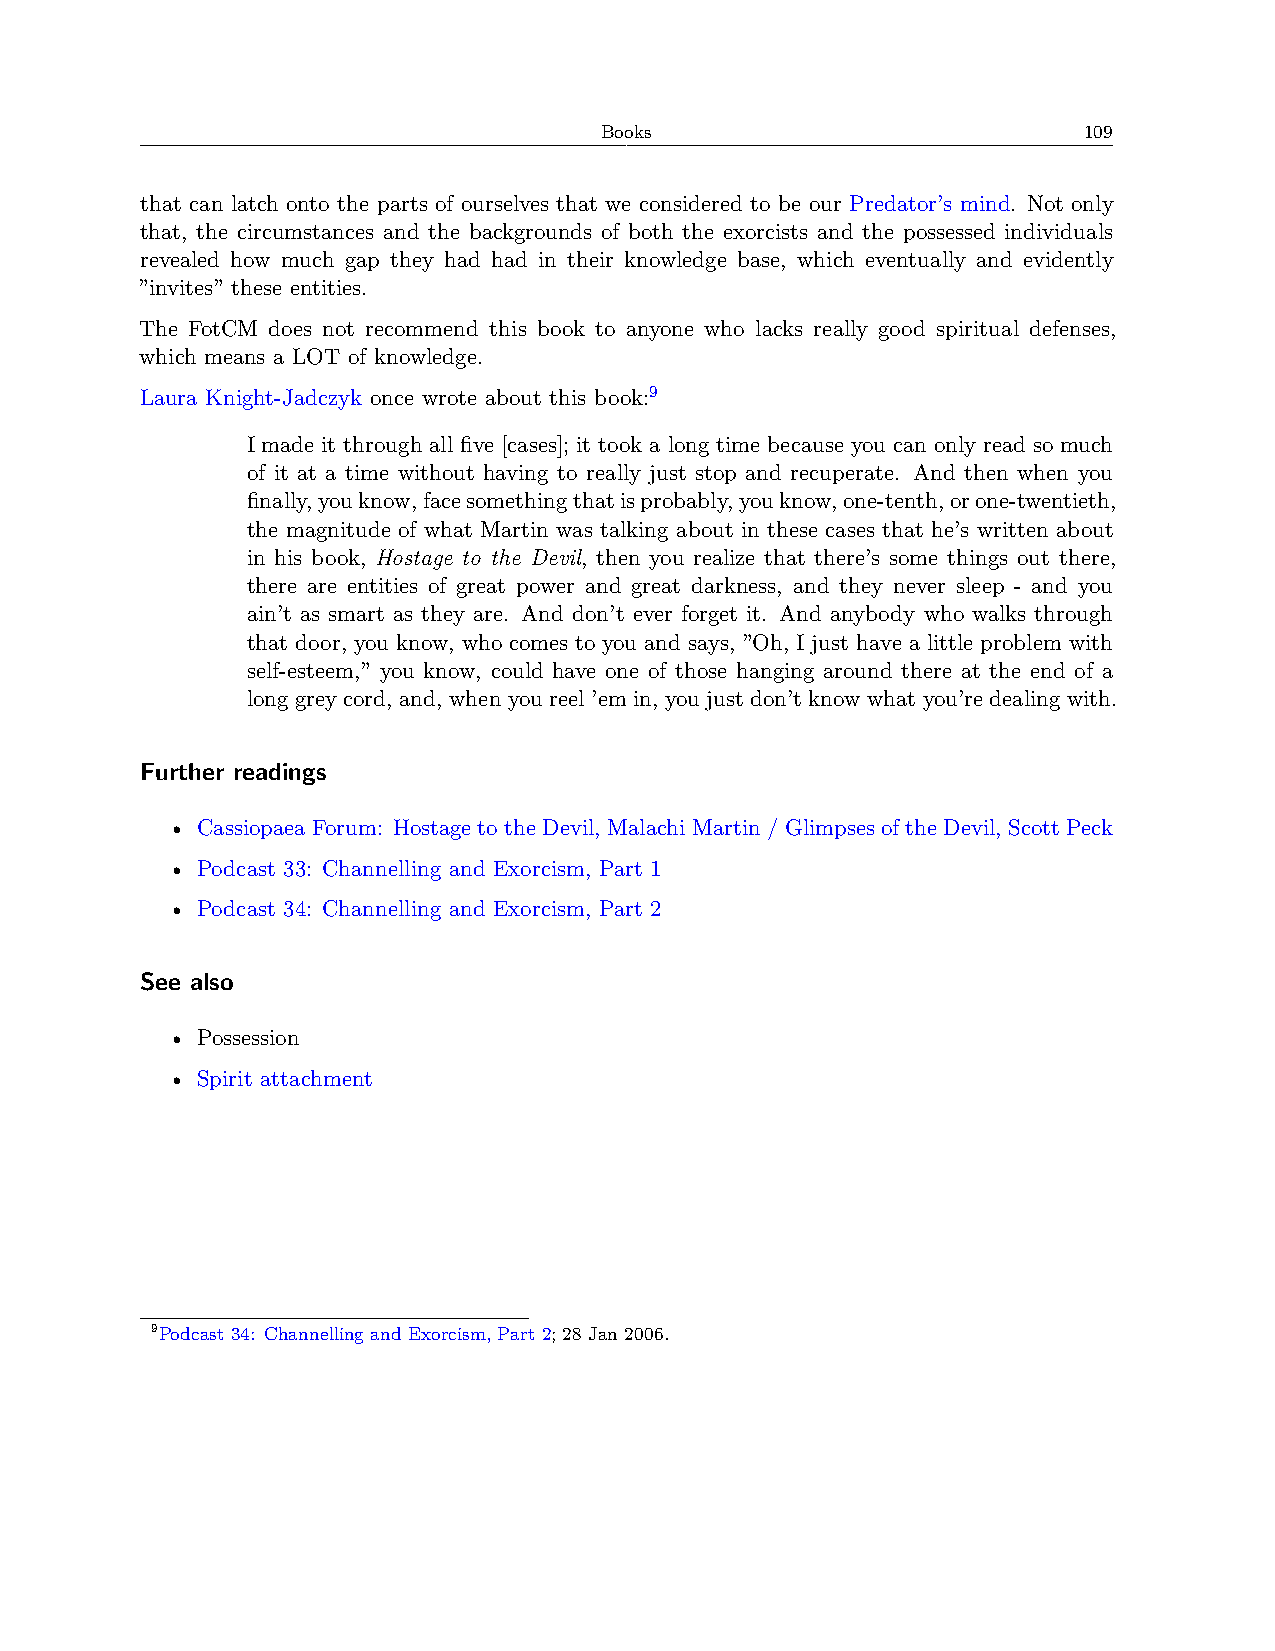
Books                           109
 that can latch onto the parts of ourselves that we considered to be our Predator’s mind. Not only
 that, the circumstances and the backgrounds of both the exorcists and the possessed individuals
 revealed how much gap they had had in their knowledge base, which eventually and evidently
 ”invites” these entities.
 The FotCM does not recommend this book to anyone who lacks really good spiritual defenses,
 which means a LOT of knowledge.
 Laura Knight-Jadczyk once wrote about this book:9
 I made it through all five [cases]; it took a long time because you can only read so much
 of it at a time without having to really just stop and recuperate. And then when you
 finally,youknow,facesomethingthatisprobably,youknow,one-tenth,orone-twentieth,
 the magnitude of what Martin was talking about in these cases that he’s written about
 in his book, Hostage to the Devil, then you realize that there’s some things out there,
 there are entities of great power and great darkness, and they never sleep - and you
 ain’t as smart as they are. And don’t ever forget it. And anybody who walks through
 that door, you know, who comes to you and says, ”Oh, I just have a little problem with
 self-esteem,” you know, could have one of those hanging around there at the end of a
 long grey cord, and, when you reel ’em in, you just don’t know what you’re dealing with.
 Further readings
 • Cassiopaea Forum: Hostage to the Devil, Malachi Martin / Glimpses of the Devil, Scott Peck
 • Podcast 33: Channelling and Exorcism, Part 1
 • Podcast 34: Channelling and Exorcism, Part 2
 See also
 • Possession
 • Spirit attachment
 9Podcast 34: Channelling and Exorcism, Part 2; 28 Jan 2006.